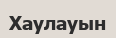
Хаулауын